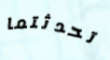
تحدثتما